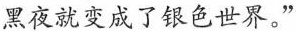
黑夜就变成了银色世界。”